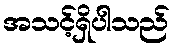
အသင့်ရှိပါသည်